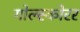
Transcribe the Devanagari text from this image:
गोल्स्कोरर